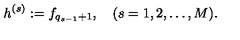
h ^ { ( s ) } : = f _ { q _ { s - 1 } + 1 } , \quad ( s = 1 , 2 , \dots , M ) .